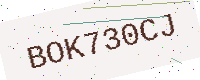
Text: BOK730CJ